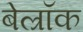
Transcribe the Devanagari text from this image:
बेल्रॉक